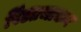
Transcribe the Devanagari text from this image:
पिंडप्रभाकर